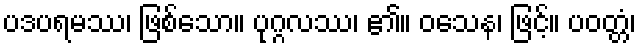
ပဒပရမဿ၊ ဖြစ်သော။ ပုဂ္ဂလဿ၊ ၏။ ဝသေန၊ ဖြင့်။ ပဝတ္တံ၊